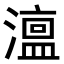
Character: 𭲳